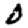
Digit: 0